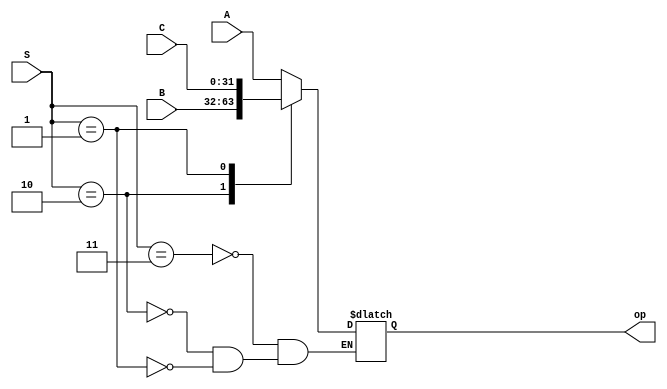
`timescale 1ns / 1ps
//////////////////////////////////////////////////////////////////////////////////
// Company: 
// Engineer: 
// 
// Design Name: 
// Module Name: 41mux
// Project Name: 
// Target Devices: 
// Tool Versions: 
// Description: 
// 
// Dependencies: 
// 
// Revision:
// Revision 0.01 - File Created
// Additional Comments:
// 
//////////////////////////////////////////////////////////////////////////////////


module mux41(A,B,C,S,op);
input [31:0]A,B,C;
input [1:0]S;
output reg [31:0]op;
always@(*)
case(S)
2'b11:op=A;
2'b10:op=B;
2'b01:op=C; 
endcase

endmodule